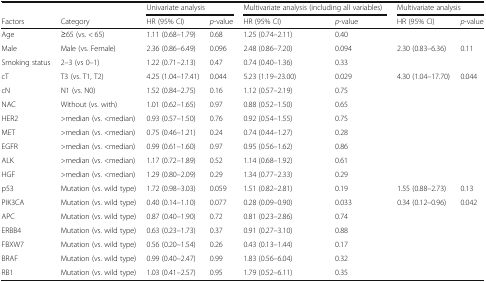
<table><thead><tr><td colspan="2"></td><td colspan="2"><b>Univariate analysis</b></td><td colspan="2"><b>Multivariate analysis (including all variables)</b></td><td colspan="2"><b>Multivariate analysis</b></td></tr><tr><td><b>Factors</b></td><td><b>Category</b></td><td><b>HR (95% CI)</b></td><td><b><i>p</i>-value</b></td><td><b>HR (95% CI)</b></td><td><b><i>p</i>-value</b></td><td><b>HR (95% CI)</b></td><td><b><i>p</i>-value</b></td></tr></thead><tbody><tr><td>Age</td><td>≥65 (vs. &lt; 65)</td><td>1.11 (0.68–1.79)</td><td>0.68</td><td>1.25 (0.74–2.11)</td><td>0.40</td><td></td><td></td></tr><tr><td>Male</td><td>Male (vs. Female)</td><td>2.36 (0.86–6.49)</td><td>0.096</td><td>2.48 (0.86–7.20)</td><td>0.094</td><td>2.30 (0.83–6.36)</td><td>0.11</td></tr><tr><td>Smoking status</td><td>2–3 (vs 0–1)</td><td>1.22 (0.71–2.13)</td><td>0.47</td><td>0.74 (0.40–1.36)</td><td>0.33</td><td></td><td></td></tr><tr><td>cT</td><td>T3 (vs. T1, T2)</td><td>4.25 (1.04–17.41)</td><td>0.044</td><td>5.23 (1.19–23.00)</td><td>0.029</td><td>4.30 (1.04–17.70)</td><td>0.044</td></tr><tr><td>cN</td><td>N1 (vs. N0)</td><td>1.52 (0.84–2.75)</td><td>0.16</td><td>1.12 (0.57–2.19)</td><td>0.75</td><td></td><td></td></tr><tr><td>NAC</td><td>Without (vs. with)</td><td>1.01 (0.62–1.65)</td><td>0.97</td><td>0.88 (0.52–1.50)</td><td>0.65</td><td></td><td></td></tr><tr><td>HER2</td><td>&gt;median (vs. &lt;median)</td><td>0.93 (0.57–1.50)</td><td>0.76</td><td>0.92 (0.54–1.55)</td><td>0.75</td><td></td><td></td></tr><tr><td>MET</td><td>&gt;median (vs. &lt;median)</td><td>0.75 (0.46–1.21)</td><td>0.24</td><td>0.74 (0.44–1.27)</td><td>0.28</td><td></td><td></td></tr><tr><td>EGFR</td><td>&gt;median (vs. &lt;median)</td><td>0.99 (0.61–1.60)</td><td>0.97</td><td>0.95 (0.56–1.62)</td><td>0.86</td><td></td><td></td></tr><tr><td>ALK</td><td>&gt;median (vs. &lt;median)</td><td>1.17 (0.72–1.89)</td><td>0.52</td><td>1.14 (0.68–1.92)</td><td>0.61</td><td></td><td></td></tr><tr><td>HGF</td><td>&gt;median (vs. &lt;median)</td><td>1.29 (0.80–2.09)</td><td>0.29</td><td>1.34 (0.77–2.33)</td><td>0.29</td><td></td><td></td></tr><tr><td>p53</td><td>Mutation (vs. wild type)</td><td>1.72 (0.98–3.03)</td><td>0.059</td><td>1.51 (0.82–2.81)</td><td>0.19</td><td>1.55 (0.88–2.73)</td><td>0.13</td></tr><tr><td>PIK3CA</td><td>Mutation (vs. wild type)</td><td>0.40 (0.14–1.10)</td><td>0.077</td><td>0.28 (0.09–0.90)</td><td>0.033</td><td>0.34 (0.12–0.96)</td><td>0.042</td></tr><tr><td>APC</td><td>Mutation (vs. wild type)</td><td>0.87 (0.40–1.90)</td><td>0.72</td><td>0.81 (0.23–2.86)</td><td>0.74</td><td></td><td></td></tr><tr><td>ERBB4</td><td>Mutation (vs. wild type)</td><td>0.63 (0.23–1.73)</td><td>0.37</td><td>0.91 (0.27–3.10)</td><td>0.88</td><td></td><td></td></tr><tr><td>FBXW7</td><td>Mutation (vs. wild type)</td><td>0.56 (0.20–1.54)</td><td>0.26</td><td>0.43 (0.13–1.44)</td><td>0.17</td><td></td><td></td></tr><tr><td>BRAF</td><td>Mutation (vs. wild type)</td><td>0.99 (0.40–2.47)</td><td>0.99</td><td>1.83 (0.56–6.04)</td><td>0.32</td><td></td><td></td></tr><tr><td>RB1</td><td>Mutation (vs. wild type)</td><td>1.03 (0.41–2.57)</td><td>0.95</td><td>1.79 (0.52–6.11)</td><td>0.35</td><td></td><td></td></tr></tbody></table>